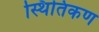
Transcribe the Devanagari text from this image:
स्थितिकण